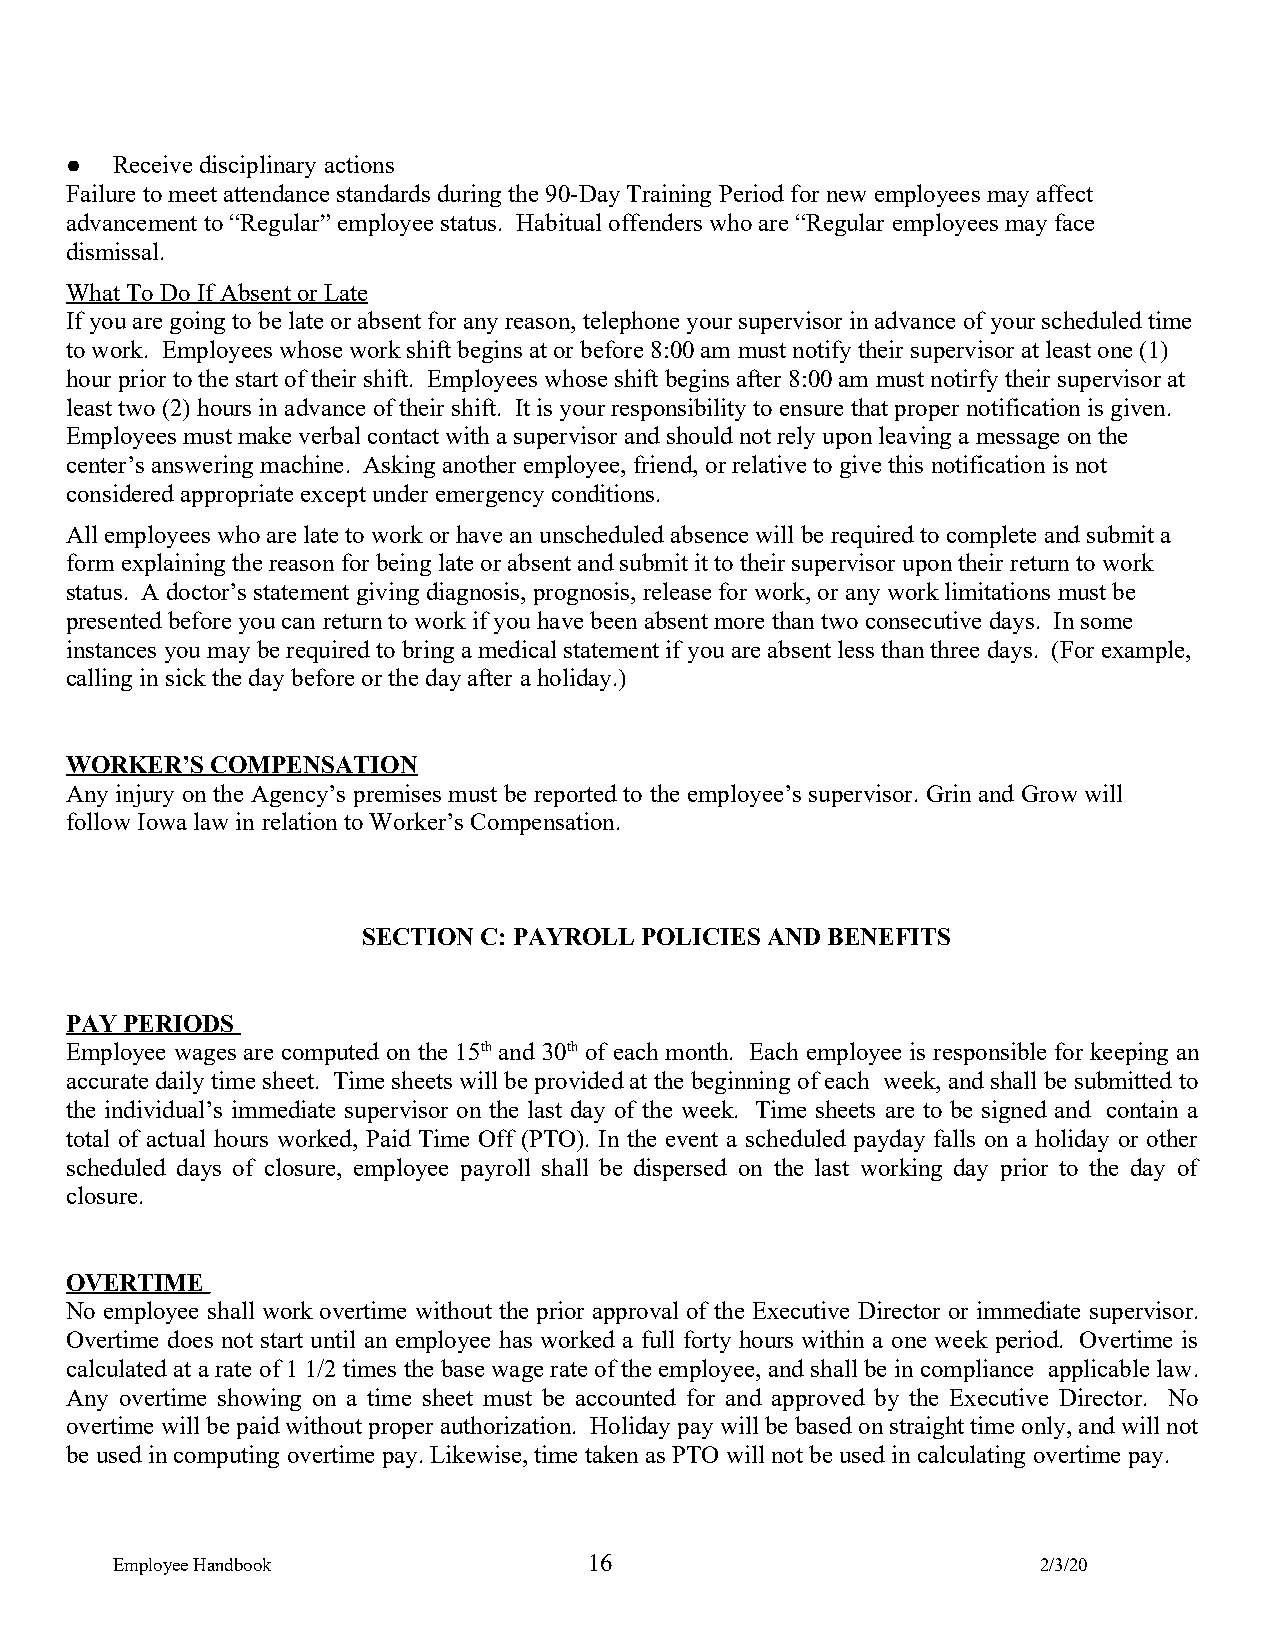
●  Receive disciplinary actions
 Failure to meet attendance standards during the 90-Day Training Period for new employees may affect
 advancement to “Regular” employee status. Habitual offenders who are “Regular employees may face
 dismissal.
 What To Do If Absent or Late
 If you are going to be late or absent for any reason, telephone your supervisor in advance of your scheduled time
 to work. Employees whose work shift begins at or before 8:00 am must notify their supervisor at least one (1)
 hour prior to the start of their shift. Employees whose shift begins after 8:00 am must notirfy their supervisor at
 least two (2) hours in advance of their shift. It is your responsibility to ensure that proper notification is given.
 Employees must make verbal contact with a supervisor and should not rely upon leaving a message on the
 center’s answering machine. Asking another employee, friend, or relative to give this notification is not
 considered appropriate except under emergency conditions.
 All employees who are late to work or have an unscheduled absence will be required to complete and submit a
 form explaining the reason for being late or absent and submit it to their supervisor upon their return to work
 status. A doctor’s statement giving diagnosis, prognosis, release for work, or any work limitations must be
 presented before you can return to work if you have been absent more than two consecutive days. In some
 instances you may be required to bring a medical statement if you are absent less than three days. (For example,
 calling in sick the day before or the day after a holiday.)
 WORKER’S  COMPENSATION
 Any injury on the Agency’s premises must be reported to the employee’s supervisor. Grin and Grow will
 follow Iowa law in relation to Worker’s Compensation.
 SECTION C: PAYROLL POLICIES AND BENEFITS
 PAY PERIODS
 Employee wages are computed on the 15th and 30th of each month. Each employee is responsible for keeping an
 accurate daily time sheet. Time sheets will be provided at the beginning of each week, and shall be submitted to
 the individual’s immediate supervisor on the last day of the week. Time sheets are to be signed and contain a
 total of actual hours worked, Paid Time Off (PTO). In the event a scheduled payday falls on a holiday or other
 scheduled days of closure, employee payroll shall be dispersed on the last working day prior to the day of
 closure.
 OVERTIME
 No employee shall work overtime without the prior approval of the Executive Director or immediate supervisor.
 Overtime does not start until an employee has worked a full forty hours within a one week period. Overtime is
 calculated at a rate of 1 1/2 times the base wage rate of the employee, and shall be in compliance applicable law.
 Any overtime showing on a time sheet must be accounted for and approved by the Executive Director. No
 overtime will be paid without proper authorization. Holiday pay will be based on straight time only, and will not
 be used in computing overtime pay. Likewise, time taken as PTO will not be used in calculating overtime pay.
 Employee Handbook               16                            2/3/20